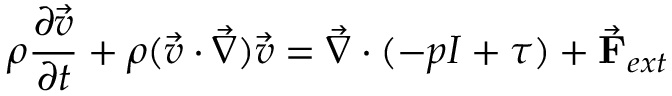
\rho \frac { \partial \Vec { \boldsymbol { v } } } { \partial t } + \rho ( \Vec { \boldsymbol { v } } \cdot \Vec { \boldsymbol { \nabla } } ) \Vec { \boldsymbol { v } } = \Vec { \boldsymbol { \nabla } } \cdot ( - p \boldsymbol { I } + \boldsymbol { \tau } ) + \Vec { \mathbf { F } } _ { e x t }